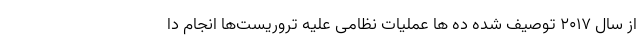
از سال ۲۰۱۷ توصیف شده ده ها عملیات نظامی علیه تروریست‌ها انجام دا